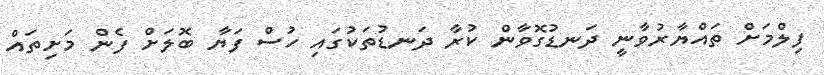
ފިލްމަށް ތައްޔާރުވާނީ ދަނޑުގޮވާން ކުރާ ދަނޑުތަކުގައި ހުސް ފަޔާ ބޮލަށް ފެން މަށިތައް